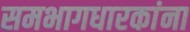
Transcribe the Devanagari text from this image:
समभागधारकांना